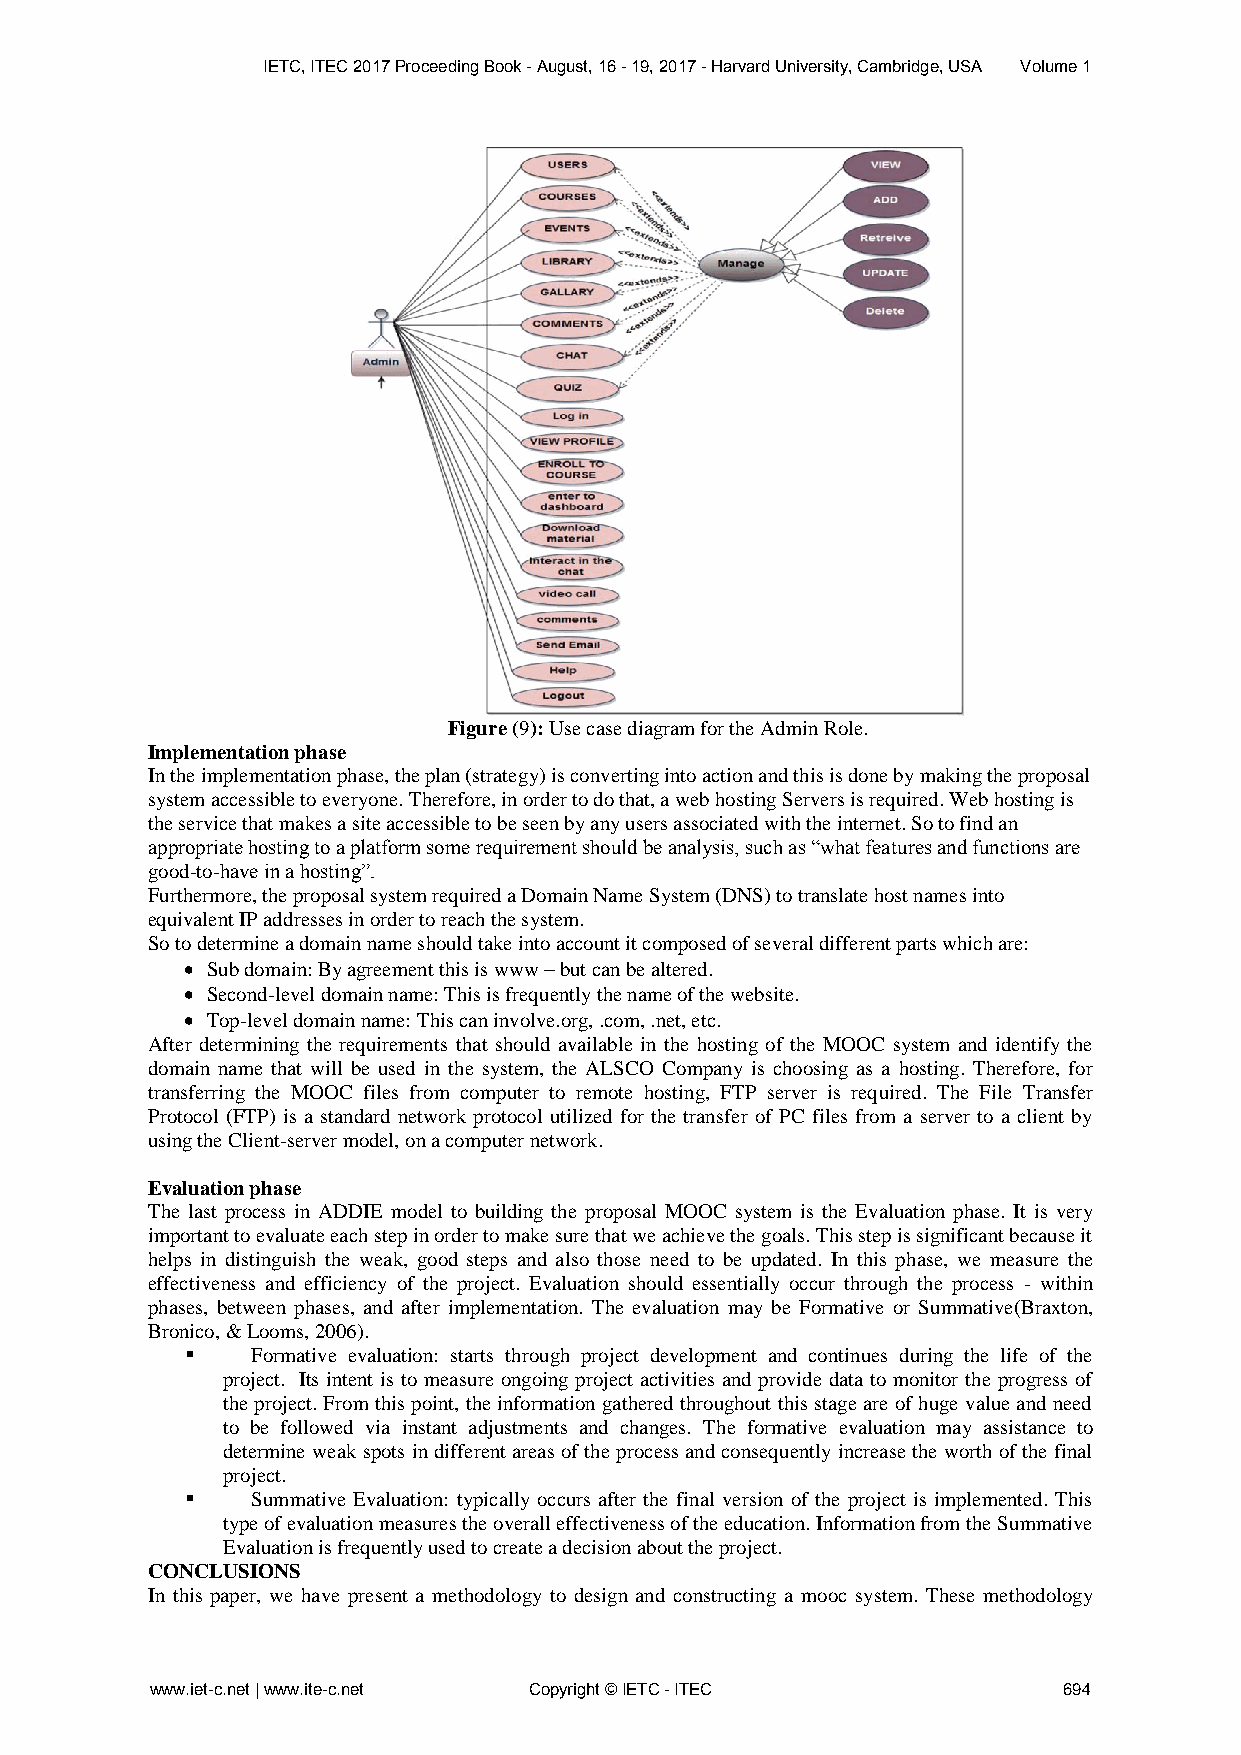
IETC, ITEC 2017 Proceeding Book - August, 16 - 19, 2017 - Harvard University, Cambridge, USA Volume 1
 Figure (9): Use case diagram for the Admin Role.
 Implementation phase
 In the implementation phase, the plan (strategy) is converting into action and this is done by making the proposal
 system accessible to everyone. Therefore, in order to do that, a web hosting Servers is required. Web hosting is
 the service that makes a site accessible to be seen by any users associated with the internet. So to find an
 appropriate hosting to a platform some requirement should be analysis, such as “what features and functions are
 good-to-have in a hosting”.
 Furthermore, the proposal system required a Domain Name System (DNS) to translate host names into
 equivalent IP addresses in order to reach the system.
 So to determine a domain name should take into account it composed of several different parts which are:
  Sub domain: By agreement this is www – but can be altered.
  Second-level domain name: This is frequently the name of the website.
  Top-level domain name: This can involve.org, .com, .net, etc.
 After determining the requirements that should available in the hosting of the MOOC system and identify the
 domain name that will be used in the system, the ALSCO Company is choosing as a hosting. Therefore, for
 transferring the MOOC files from computer to remote hosting, FTP server is required. The File Transfer
 Protocol (FTP) is a standard network protocol utilized for the transfer of PC files from a server to a client by
 using the Client-server model, on a computer network.
 Evaluation phase
 The last process in ADDIE model to building the proposal MOOC system is the Evaluation phase. It is very
 important to evaluate each step in order to make sure that we achieve the goals. This step is significant because it
 helps in distinguish the weak, good steps and also those need to be updated. In this phase, we measure the
 effectiveness and efficiency of the project. Evaluation should essentially occur through the process - within
 phases, between phases, and after implementation. The evaluation may be Formative or Summative(Braxton,
 Bronico, & Looms, 2006).
     Formative evaluation: starts through project development and continues during the life of the
 project. Its intent is to measure ongoing project activities and provide data to monitor the progress of
 the project. From this point, the information gathered throughout this stage are of huge value and need
 to be followed via instant adjustments and changes. The formative evaluation may assistance to
 determine weak spots in different areas of the process and consequently increase the worth of the final
 project.
     Summative Evaluation: typically occurs after the final version of the project is implemented. This
 type of evaluation measures the overall effectiveness of the education. Information from the Summative
 Evaluation is frequently used to create a decision about the project.
 CONCLUSIONS
 In this paper, we have present a methodology to design and constructing a mooc system. These methodology
 www.iet-c.net | www.ite-c.net Copyright © IETC - ITEC       694